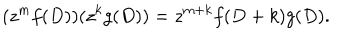
( z ^ { m } f ( D ) ) ( z ^ { k } g ( D ) ) = z ^ { m + k } f ( D + k ) g ( D ) .